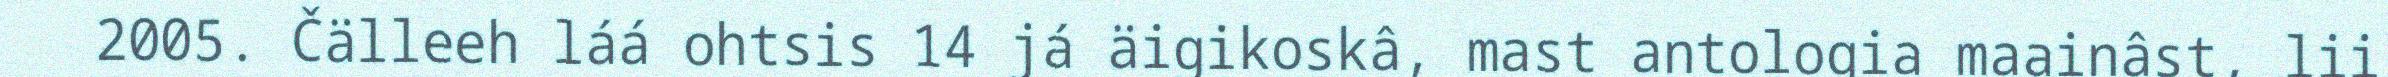
2005. Čälleeh láá ohtsis 14 já äigikoskâ, mast antologia maainâst, lii